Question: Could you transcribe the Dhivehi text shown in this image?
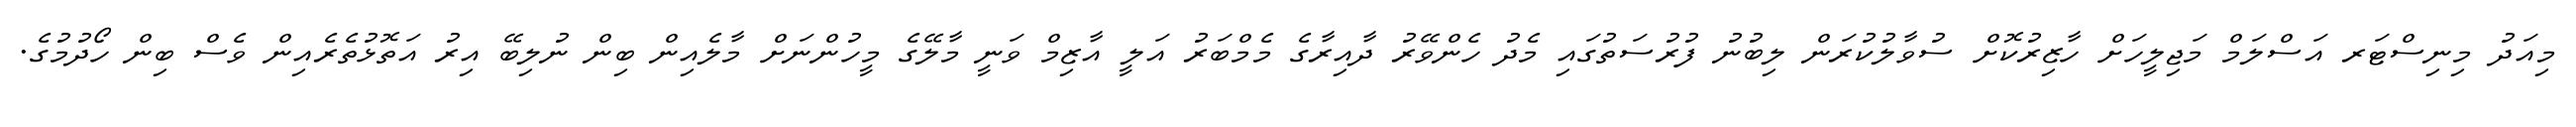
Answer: މިއަދު މިނިސްޓަރ އަސްލަމް މަޖިލީހަށް ހާޒިރުކޮށް ސުވާލުކުރަން ލިބުނު ފުރުސަތުގައި މެދު ހެންވޭރު ދާއިރާގެ މެމްބަރު އަލީ އާޒިމް ވަނީ މާލޭގެ މީހުންނަށް މާލެއިން ބިން ނުލިބޭ އިރު އަތޮޅުތެރެއިން ވެސް ބިން ހޯދުމުގެ.